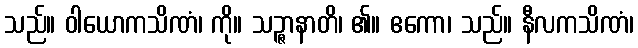
သည်။ ဝါယောကသိဏံ၊ ကို။ သဉ္ဇာနာတိ၊ ၏။ ဧကော၊ သည်။ နီလကသိဏံ၊